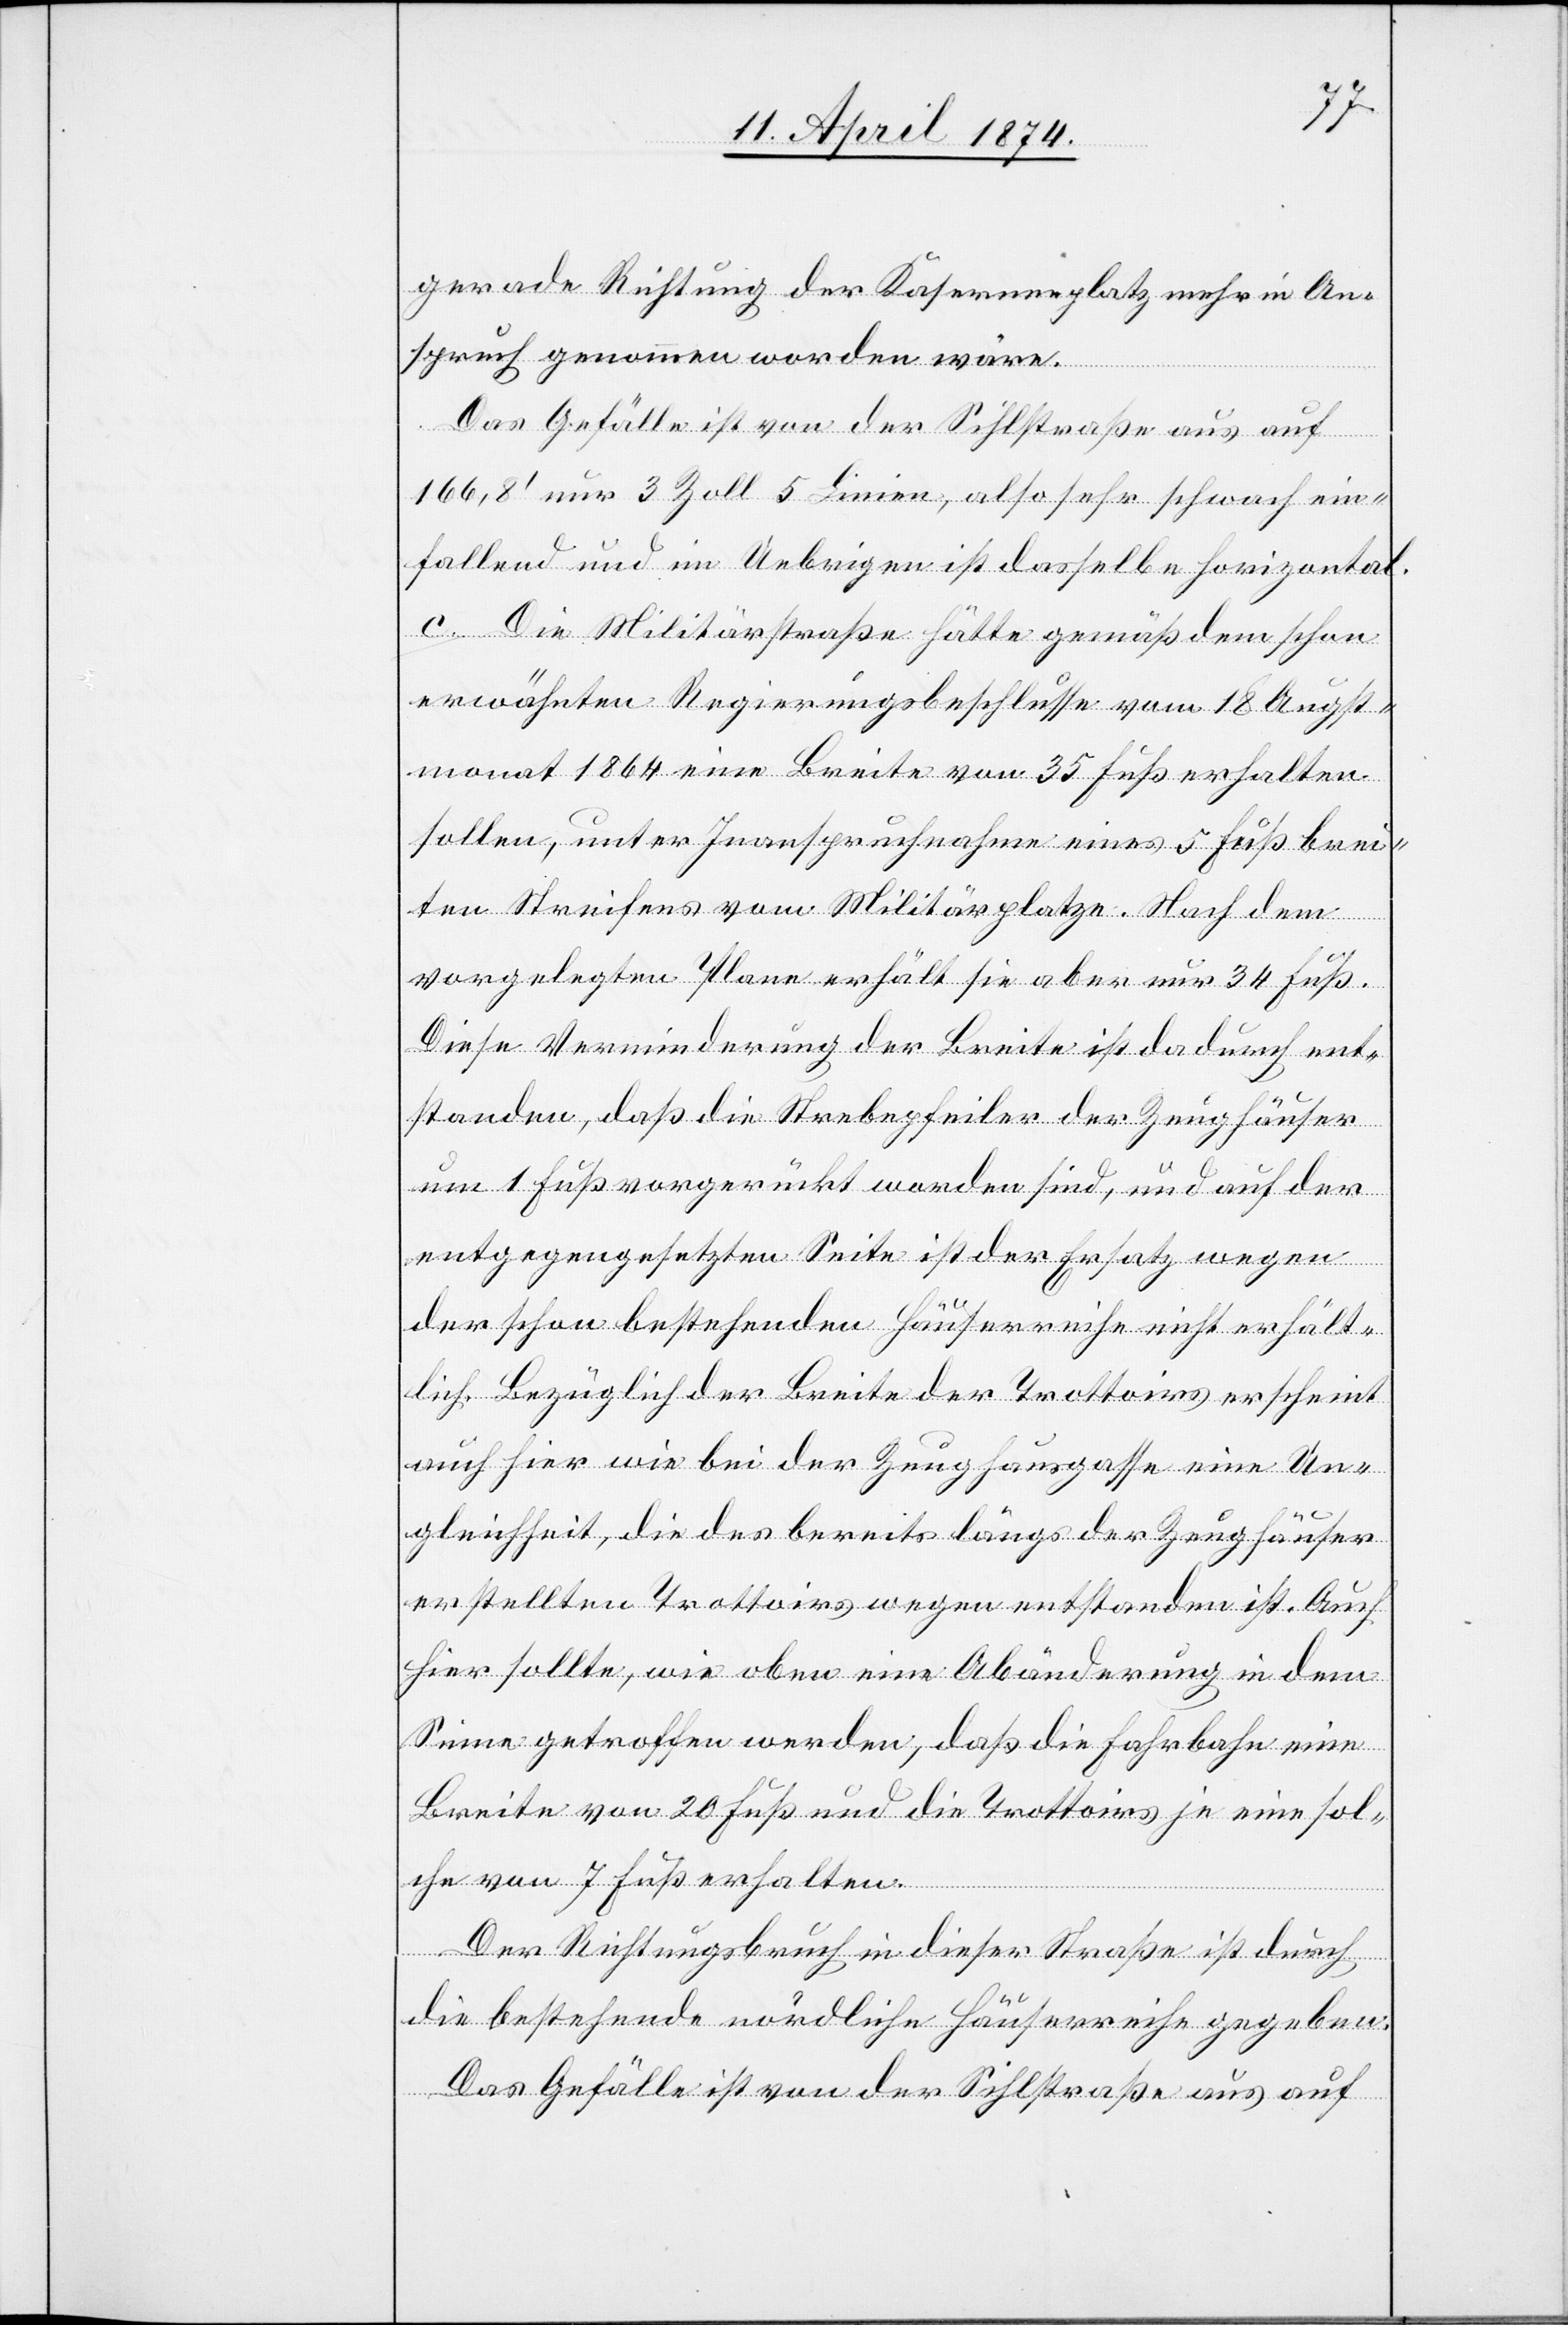
gerade Richtung der Kasernenplatz mehr in An¬
spruch genommen worden wäre.
Das Gefälle ist von der Sihlstraße aus auf
166,8‘ nur 3 Zoll 5 Linien, also sehr schwach ein¬
fallend und im Uebrigen ist dasselbe horizontal.
c. Die Militärstraße hätte gemäß dem schon
erwähnten Regierungsbeschlusse vom 18. Augst¬
monat 1864 eine Breite von 35 Fuß erhalten
sollen, unter Inanspruchnahme eines 5 Fuß brei¬
ten Streifens vom Militärplatze. Nach dem
vorgelegten Plane erhält sie aber nur 34 Fuß.
Diese Verminderung der Breite ist dadurch ent¬
standen, daß die Strebepfeiler der Zeughäuser
um 1 Fuß vorgerückt worden sind, und auf der
entgegengesetzten Seite ist der Ersatz wegen
der schon bestehenden Häuserreihe nicht erhält¬
lich. Bezüglich der Breite der Trottoirs erscheint
auch hier wie bei der Zeughausgasse eine Un¬
gleichheit, die des bereits längs der Zeughäuser
erstellten Trottoirs wegen entstanden ist. Auch
hier sollte, wie oben eine Abänderung in dem
Sinne getroffen werden, daß die Fahrbahn eine
Breite von 20 Fuß und die Trottoirs je eine sol¬
che von 7 Fuß erhalten.
Der Richtungsbruch in dieser Straße ist durch
die bestehende nördliche Häuserreihe gegeben.
Das Gefälle ist von der Sihlstraße aus auf